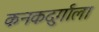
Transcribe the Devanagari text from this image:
कनकदुर्गाला